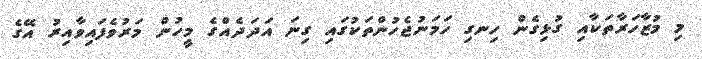
މި މުޒާހަރާތަކާއި ގުޅިގެން ހިނގި ހަމަނުޖެހުންތަކުގައި ގިނަ އަދަދެއްގެ މީހުން މަރުވެފައިވާއިރު އޭގެ